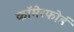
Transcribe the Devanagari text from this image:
कॉमेरफोर्ड